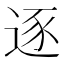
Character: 逐